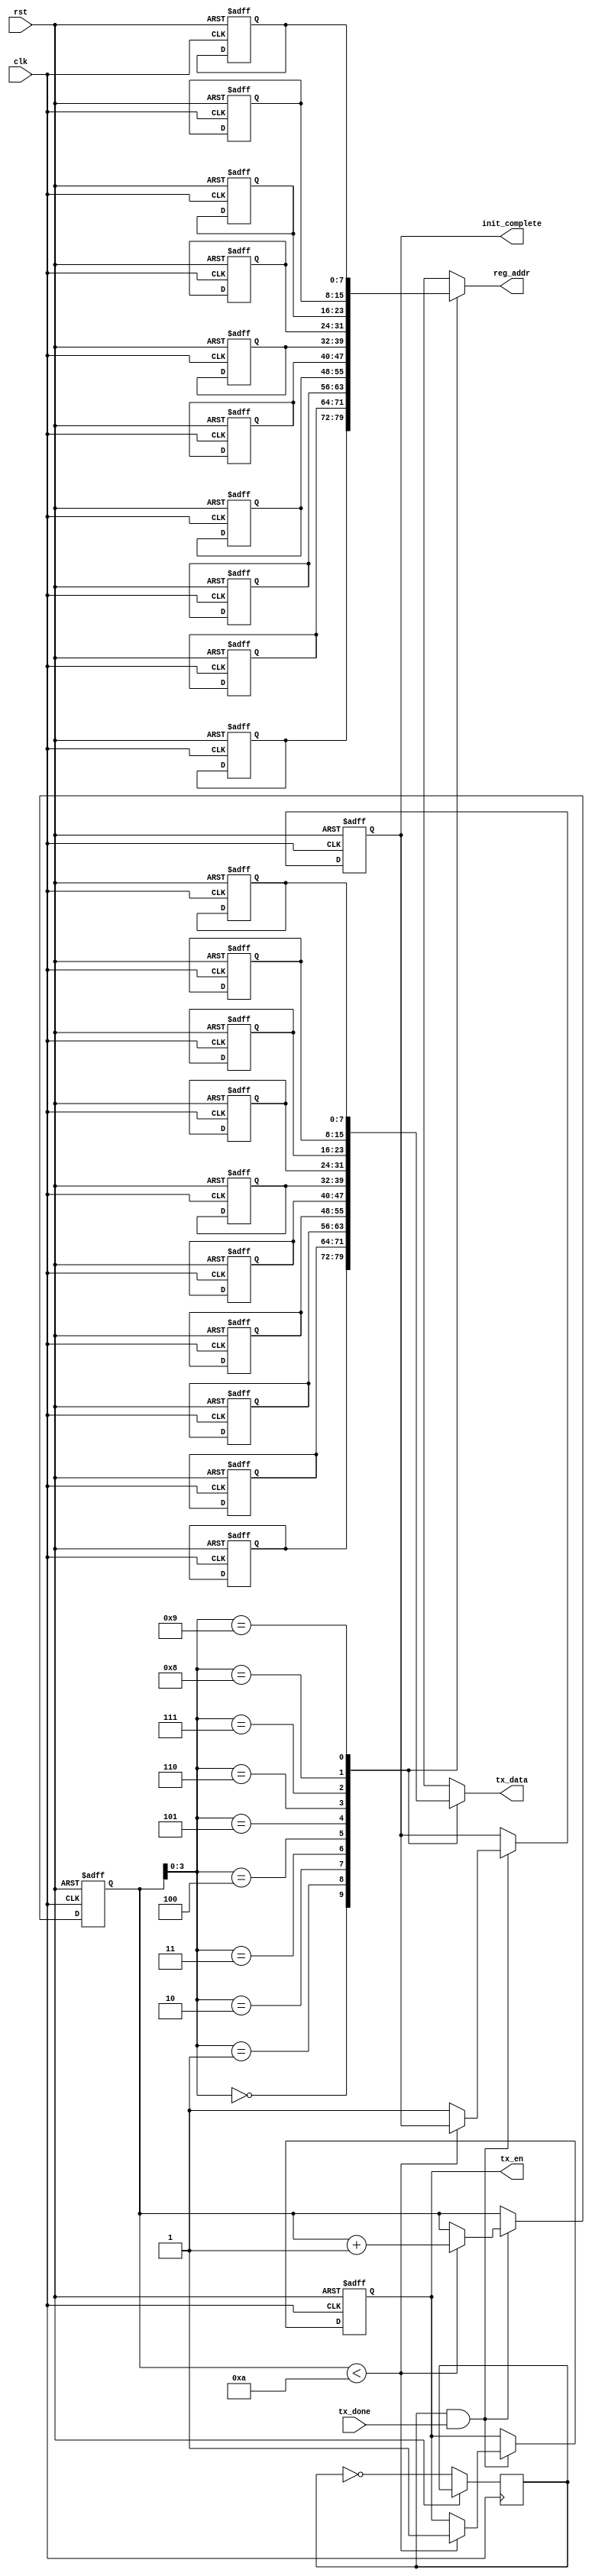
module i2c_data_static(
    input rst,
    input clk,

    output[7:0] reg_addr,
    output[7:0] tx_data,

    output reg tx_en,
    input tx_done,

    output reg init_complete
);

    reg[7:0] data_ptr;

    reg[7:0] reg_addr_arr[10];
    reg[7:0] tx_data_arr[10];

    assign reg_addr = reg_addr_arr[data_ptr];
    assign tx_data = tx_data_arr[data_ptr];

    reg clk_div;

    always @(posedge clk or posedge rst) begin
        
        if(rst) begin
            data_ptr <= 0;
            init_complete <= 0;

            reg_addr_arr[0] <= 8'b0;
            tx_data_arr[0] <= 8'hE2;    //software reset

            reg_addr_arr[1] <= 8'b0;
            tx_data_arr[1] <= 8'hA2;    //set bias select

            reg_addr_arr[2] <= 8'b0;
            tx_data_arr[2] <= 8'hA0;    //set scan direction left to right
            reg_addr_arr[3] <= 8'b0;
            tx_data_arr[3] <= 8'hC8;    //flip vertical direction (starts zero at top)

            reg_addr_arr[4] <= 8'b0;
            tx_data_arr[4] <= 8'h25;    //set regulation ratio for regulator driving LCD (adjusts contrast)

            reg_addr_arr[5] <= 8'b0;
            tx_data_arr[5] <= 8'h81;    //start setting EV level
            reg_addr_arr[6] <= 8'b0;
            tx_data_arr[6] <= 8'h20;    //set EV level

            reg_addr_arr[7] <= 8'b0;
            tx_data_arr[7] <= 8'h2F;    //enable power control circuits

            reg_addr_arr[8] <= 8'b0;
            tx_data_arr[8] <= 8'hAF;   //display on
            reg_addr_arr[9] <= 8'b0;
            tx_data_arr[9] <= 8'h40;   //set initial display line to zero

            tx_en <= 1;

        end else begin 
            clk_div <= ~clk_div;

            if(clk_div == 1 && tx_done == 1) begin
                if(data_ptr < 10) begin
                    data_ptr <= data_ptr + 1;   // increment through all static data and send
                    tx_en <= 1;
                end else begin
                    init_complete <= 1;
                end
            end 
        end
    end

endmodule